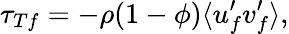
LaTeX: \tau_{Tf}=-\rho(1-\phi)\langle u_{f}^{\prime}v_{f}^{\prime}\rangle,